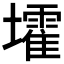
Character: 𡓘